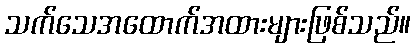
သက်သေအထောက်အထားများဖြစ်သည်။